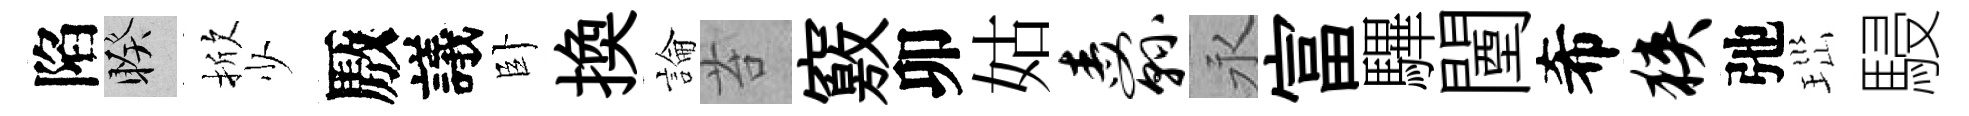
陷睽掀少厫議卧換論苔竅卯姑纛永富驆闉希狭弛𤤼駸